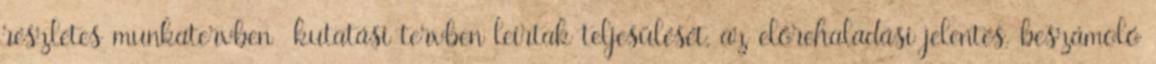
részletes munkatervben kutatási tervben leírtak teljesülését, az előrehaladási jelentés, beszámoló